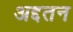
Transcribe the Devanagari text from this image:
अद्दतन